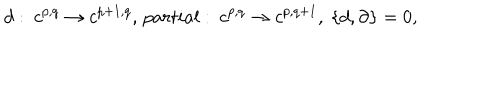
d : \ c ^ { p , q } \rightarrow c ^ { p + 1 , q } , \, p a r t i a l : \ c ^ { p , q } \rightarrow c ^ { p , q + 1 } , \ \{ d , \partial \} = 0 ,